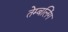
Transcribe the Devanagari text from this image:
तेम्बलिंग